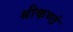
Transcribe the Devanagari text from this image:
श्रीकण्ठं